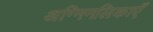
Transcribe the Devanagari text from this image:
अग्निनलिकाएँ